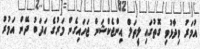
އުމަރު ވިދާޅުވި ގޮތުގައި ލީތަލް އިންޖެކްޝަން ޖަހައިގެން މަރުގެ އަދަބު ދޭން އަމުރު